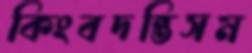
কিংবদন্তিসম